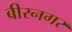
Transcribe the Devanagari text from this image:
बीरनगर